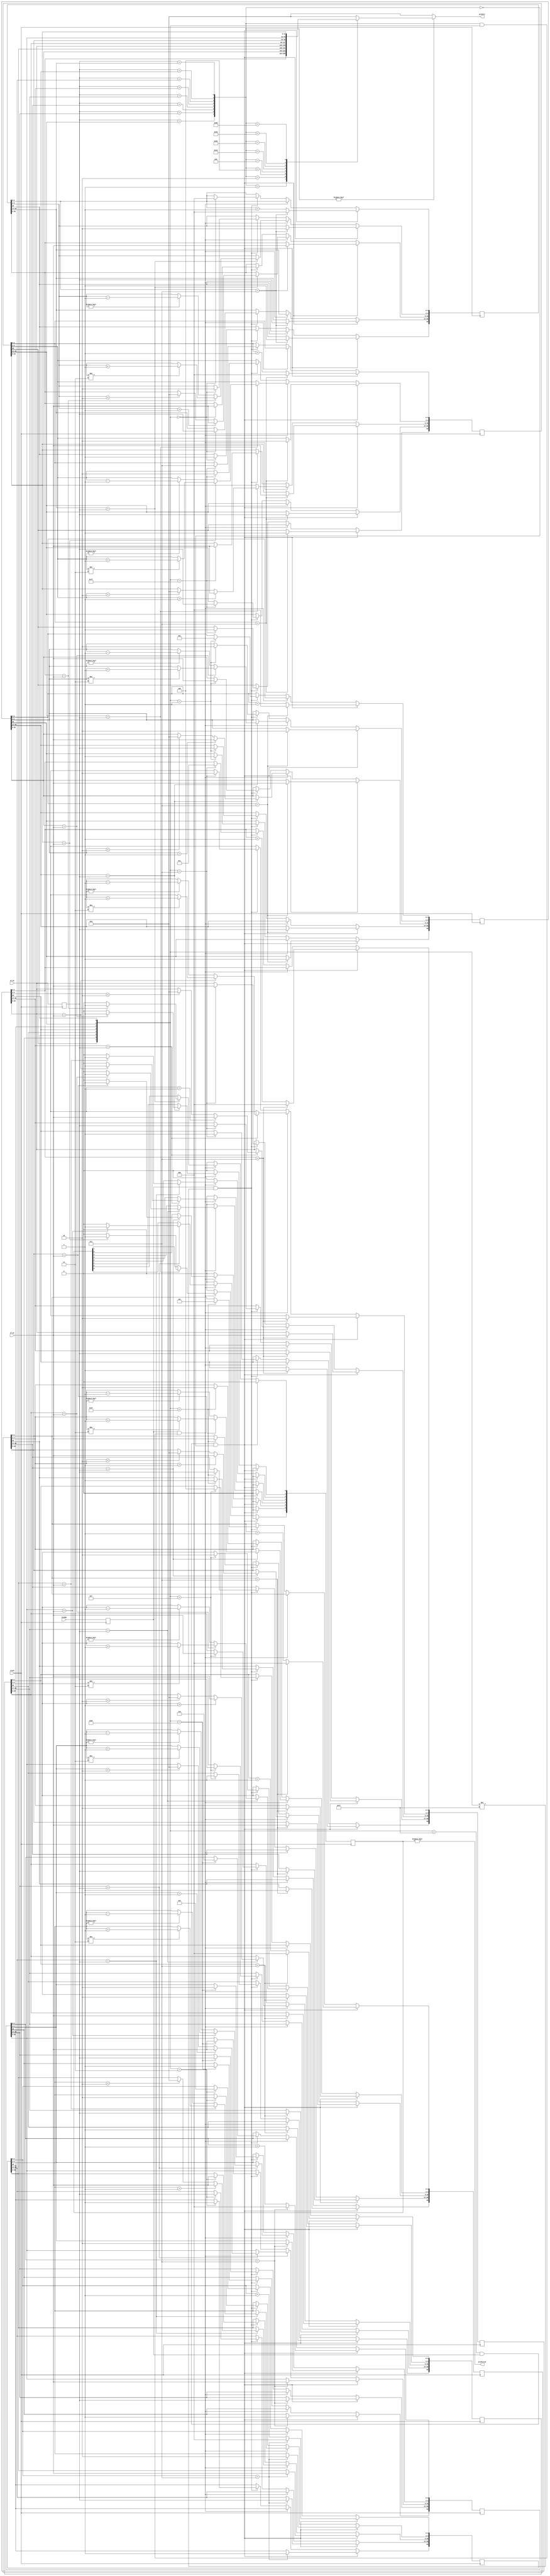
`timescale 1ns / 1ps
//////////////////////////////////////////////////////////////////////////////////
// Company:
// Engineer:
//
// Design Name:
// Module Name: bht
// Project Name:
// Target Devices:
// Tool Versions:
// Description:
//
// Dependencies:
//
// Revision:
// Revision 0.01 - File Created
// Additional Comments:
//
//////////////////////////////////////////////////////////////////////////////////


module Bht(
        input wire clock,
        input wire[31: 0] if_pc,
        input wire[31: 0] ex_pc,
        input wire isJump,
        output reg[31: 0] predict = 0,
        output wire predicted
    );

    reg[31: 0] lastEx_pc;
    reg lastIsJump;
    reg[7: 0] branchPredict;

    always @(posedge clock) begin
        lastEx_pc <= ex_pc;
        lastIsJump <= isJump;
    end

    // format:
    //   valid instructionAddr dstAddr predict LRU
    //  |    |               |       |       |   |
    // 70   69              37       5       3   0
    reg[69: 0] tab[7: 0];

    integer k;
    initial begin
        for(k = 0; k < 8; k = k + 1) begin
            tab[k] = 70'h0;
        end
    end

    wire[7: 0] compareResult;
    assign compareResult = {
            {lastEx_pc == tab[7][68: 37]},
            {lastEx_pc == tab[6][68: 37]},
            {lastEx_pc == tab[5][68: 37]},
            {lastEx_pc == tab[4][68: 37]},
            {lastEx_pc == tab[3][68: 37]},
            {lastEx_pc == tab[2][68: 37]},
            {lastEx_pc == tab[1][68: 37]},
            {lastEx_pc == tab[0][68: 37]}
        };

    wire[7: 0] validBits = {
            tab[7][69], tab[6][69], tab[5][69], tab[4][69],
            tab[3][69], tab[2][69], tab[1][69], tab[0][69]
        };

    always @(if_pc) begin
        if(compareResult) begin
            case (compareResult)
                8'b0000_0001: predict = tab[0][36: 5];
                8'b0000_0010: predict = tab[1][36: 5];
                8'b0000_0100: predict = tab[2][36: 5];
                8'b0000_1000: predict = tab[3][36: 5];
                8'b0001_0000: predict = tab[4][36: 5];
                8'b0010_0000: predict = tab[5][36: 5];
                8'b0100_0000: predict = tab[6][36: 5];
                8'b1000_0000: predict = tab[7][36: 5];
                default: predict = 32'h0;
            endcase
        end else begin
            predict = 32'h0;
        end
    end

    assign predicted = (branchPredict != 8'b0);

    integer i;
    always @(posedge clock) begin
        // update bht
        if (validBits == 8'hff && lastIsJump && !(compareResult)) begin
            // full but cannot find one, eliminate one
            for(i=0; i < 8; i = i+1) begin
                branchPredict[i] <= 0;
                if(tab[i][2: 0] == 3'h7) begin
                    tab[i][69] <= 1;
                    tab[i][68: 37] <= lastEx_pc;
                    tab[i][36: 5] <= if_pc;
                    tab[i][4:3] <= 10;
                    tab[i][2:0] <= 0;
                end else begin
                    tab[i][2: 0] <= tab[i][2: 0] + 1;
                end
            end
        end else if (lastIsJump && (compareResult & validBits)) begin
            // update prediction
            for(i=0; i < 8; i = i+1) begin
                if(tab[i][68: 37] == lastEx_pc) begin
                    if(tab[i][36: 5] == if_pc) begin
                        // correct predict
                        branchPredict[i] <= 1;
                        if(tab[i][4: 3] != 2'b11) begin
                            tab[i][4: 3] <= tab[i][4: 3] + 1;
                        end
                    end else begin
                        branchPredict[i] <= 0;
                        if(tab[i][4: 3] != 2'b00) begin
                            tab[i][4: 3] <= tab[i][4: 3] - 1;
                        end
                    end

                    if(tab[i][4:3] > 1) begin
                        tab[i][36: 5] <= if_pc;
                    end else if(tab[i][4:3] < 2) begin
                        tab[i][36: 5] <= 32'h0000_0000;
                    end
                end
            end
        end else if(lastIsJump & validBits != 8'hff) begin
            branchPredict = 8'h00;
            case (validBits)
                8'b0000_0000: begin
                    tab[0][69] <= 1;
                    tab[0][68: 37] <= lastEx_pc;
                    tab[0][36: 5] <= if_pc;
                    tab[0][4:3] <= 10;
                    tab[0][2:0] <= 0;
                end
                8'b0000_0001: begin
                    tab[1][69] <= 1;
                    tab[1][68: 37] <= lastEx_pc;
                    tab[1][36: 5] <= if_pc;
                    tab[1][4:3] <= 10;
                    tab[1][2:0] <= 1;
                end
                8'b0000_0011: begin
                    tab[2][69] <= 1;
                    tab[2][68: 37] <= lastEx_pc;
                    tab[2][36: 5] <= if_pc;
                    tab[2][4:3] <= 10;
                    tab[2][2:0] <= 2;
                end
                8'b0000_0111: begin
                    tab[3][69] <= 1;
                    tab[3][68: 37] <= lastEx_pc;
                    tab[3][36: 5] <= if_pc;
                    tab[3][4:3] <= 10;
                    tab[3][2:0] <= 3;
                end
                8'b0000_1111: begin
                    tab[4][69] <= 1;
                    tab[4][68: 37] <= lastEx_pc;
                    tab[4][36: 5] <= if_pc;
                    tab[4][4:3] <= 10;
                    tab[4][2:0] <= 4;
                end
                8'b0001_1111: begin
                    tab[5][69] <= 1;
                    tab[5][68: 37] <= lastEx_pc;
                    tab[5][36: 5] <= if_pc;
                    tab[5][4:3] <= 10;
                    tab[5][2:0] <= 5;
                end
                8'b0011_1111: begin
                    tab[6][69] <= 1;
                    tab[6][68: 37] <= lastEx_pc;
                    tab[6][36: 5] <= if_pc;
                    tab[6][4:3] <= 10;
                    tab[6][2:0] <= 6;
                end
                8'b0111_1111: begin
                    tab[7][69] <= 1;
                    tab[7][68: 37] <= lastEx_pc;
                    tab[7][36: 5] <= if_pc;
                    tab[7][4:3] <= 10;
                    tab[7][2:0] <= 7;
                end
            endcase
        end else begin
            branchPredict = 8'h00;
        end

//        if (lastIsJump && (compareResult & validBits)) begin
//            // update prediction
//            for(i=0; i < 8; i = i+1) begin
//                if(tab[i][68: 37] == lastEx_pc && tab[i][36: 5] == if_pc) begin
//                    // correct predict
//                    branchPredict[i] <= 1;
//                end else begin
//                    branchPredict[i] <= 0;
//                end
//            end
//        end
    end
endmodule